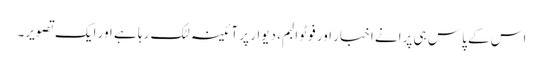
اس کے پاس ہی پرانے اخبار اور فوٹو البم، دیوار پر آئینہ لٹک رہا ہے اور ایک تصویر۔